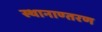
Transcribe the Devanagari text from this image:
स्थानाण्तरण